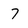
Character: 7